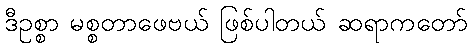
ဒီဥစ္စာ မစ္စတာဖေဗယ် ဖြစ်ပါတယ် ဆရာကတော်